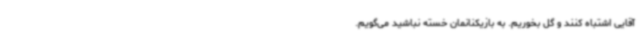
آقایی اشتباه کنند و گل بخوریم. به بازیکنانمان خسته نباشید می‌گویم.